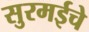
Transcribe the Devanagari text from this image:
सुरमईचे